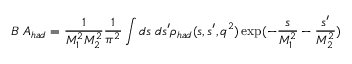
{ \cal { B } } \; A _ { h a d } = { \frac { 1 } { M _ { 1 } ^ { 2 } M _ { 2 } ^ { 2 } } } { \frac { 1 } { \pi ^ { 2 } } } \int d s \; d s ^ { \prime } \rho _ { h a d } ( s , s ^ { \prime } , q ^ { 2 } ) \exp ( - { \frac { s } { M _ { 1 } ^ { 2 } } } - { \frac { s ^ { \prime } } { M _ { 2 } ^ { 2 } } } )